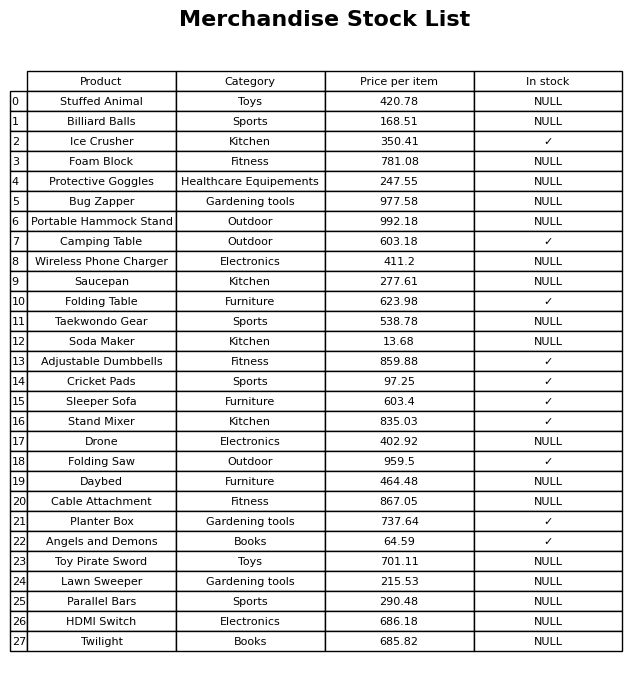
question: What is the price for Angels and Demons?
answer: The price of Angels and Demons is 64.59.